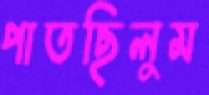
পাতছিলুম